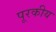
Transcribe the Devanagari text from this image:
पूरकीय